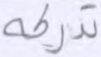
تدركه